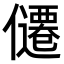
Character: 𪝴